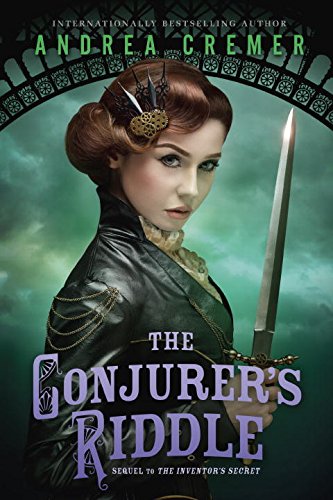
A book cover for The Conjurer's Riddle (The Inventor's Secret); Andrea Cremer; Teen & Young Adult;